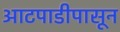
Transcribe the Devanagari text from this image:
आटपाडीपासून